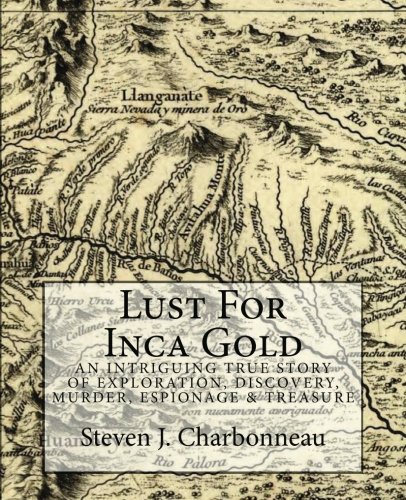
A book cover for Lust For Inca Gold: An Intriguing True Story of Exploration, Discovery, Murder, Espionage & Treasure; Steven J. Charbonneau; History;